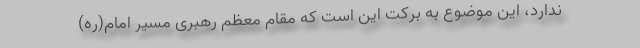
ندارد، این موضوع به برکت این است که مقام معظم رهبری مسیر امام(ره)